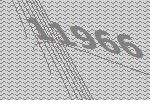
11966